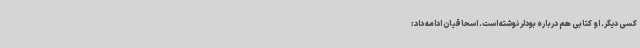
کسی دیگر. او کتابی هم درباره بودلر نوشته است. اسحاقیان ادامه داد: